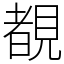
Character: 覩